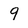
Character: 9